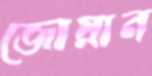
জোয়ান